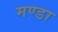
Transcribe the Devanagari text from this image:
मण्डा